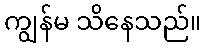
ကျွန်မ သိနေသည်။